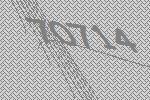
70714